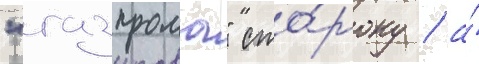
"газпрома" сто́рону / а́